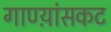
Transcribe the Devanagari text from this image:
गाण्य़ांसकट